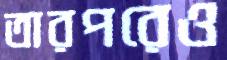
তারপরেও